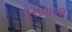
ઘસવાની